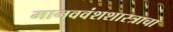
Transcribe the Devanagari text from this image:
मानववंशशास्त्राचा